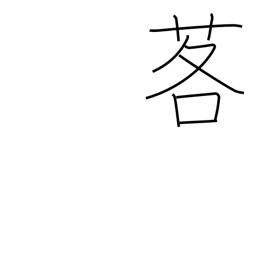
Meaning: mountain leek